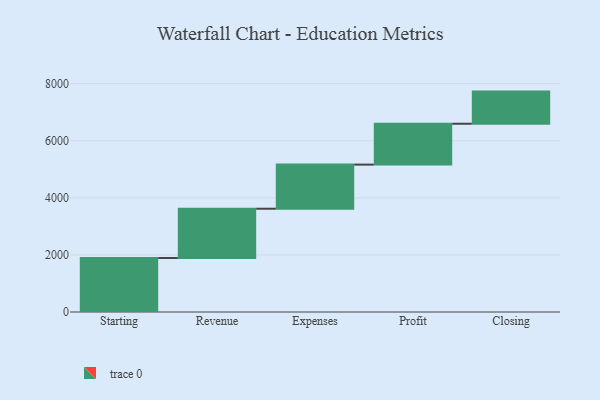
{"axis": {"x": "Step", "y": "Value"}, "legend": [""], "data": [{"x": "Starting", "y": 1891.0, "type": ""}, {"x": "Revenue", "y": 1727.0, "type": ""}, {"x": "Expenses", "y": 1545.0, "type": ""}, {"x": "Profit", "y": 1432.0, "type": ""}, {"x": "Closing", "y": 1126.0, "type": ""}]}